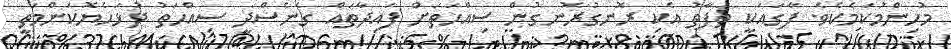
މުހިންމުކަމެކެވެ. ފާގައަކީ ތަފާތު އެކި ރޮނގުރޮނގުން ސިއްހަތަށް ފައިދާތައް ގެނެސްދީ ސިއްހަތު ދުޅަހެޔޮކަންމަތީ